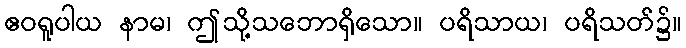
ဧဝရူပါယ နာမ၊ ဤသို့သဘောရှိသော။ ပရိသာယ၊ ပရိသတ်၌။